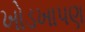
ખોડખાપણ